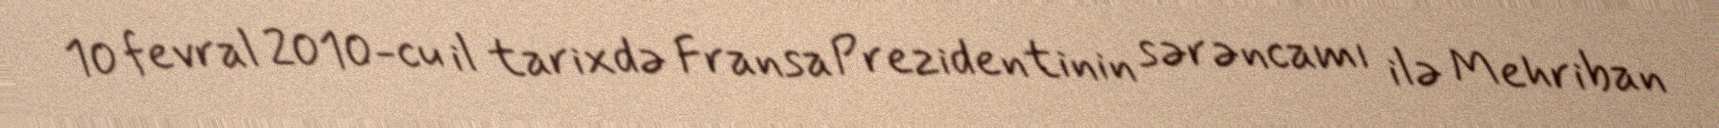
10 fevral 2010-cu il tarixdə Fransa Prezidentinin sərəncamı ilə Mehriban